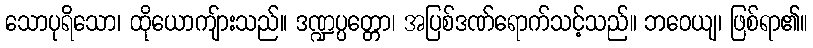
သောပုရိသော၊ ထိုယောကျ်ားသည်။ ဒဏ္ဍပ္ပတ္တော၊ အပြစ်ဒဏ်ရောက်သင့်သည်။ ဘဝေယျ၊ ဖြစ်ရာ၏။